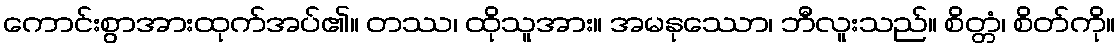
ကောင်းစွာအားထုက်အပ်၏။ တဿ၊ ထိုသူအား။ အမနုဿော၊ ဘီလူးသည်။ စိတ္တံ၊ စိတ်ကို။